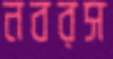
নবরস